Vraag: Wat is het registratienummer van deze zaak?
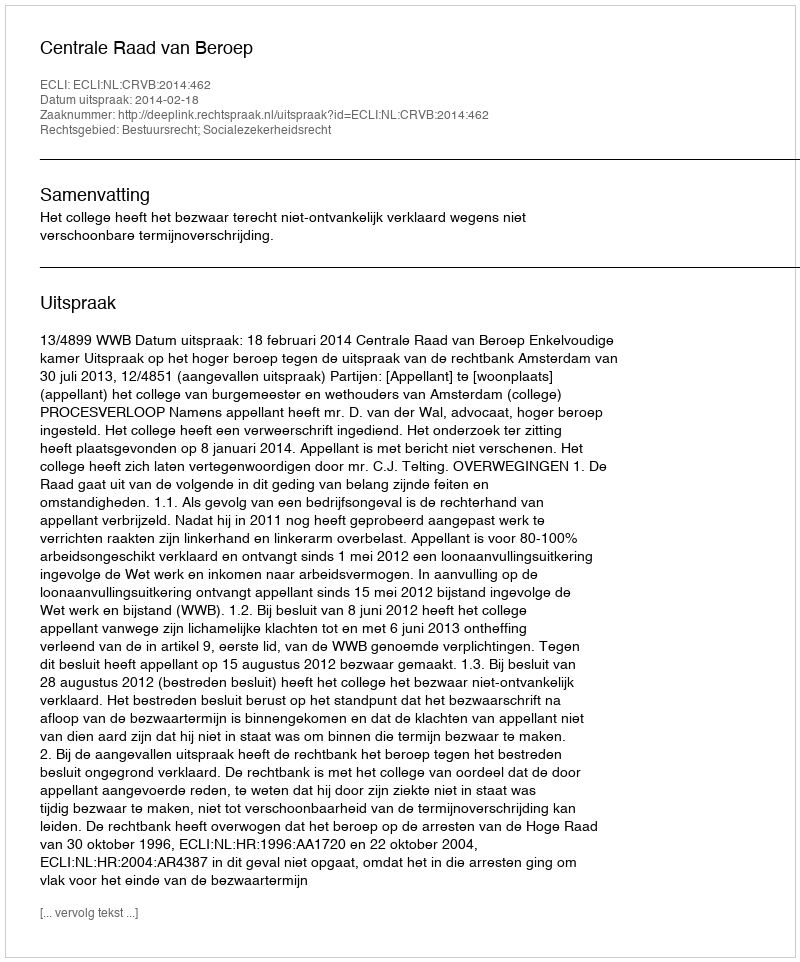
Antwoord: http://deeplink.rechtspraak.nl/uitspraak?id=ECLI:NL:CRVB:2014:462